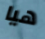
هيا